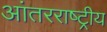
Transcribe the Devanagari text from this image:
आंतरराष्‍ट्रीय